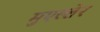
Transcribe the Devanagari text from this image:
मुएल्लेर